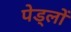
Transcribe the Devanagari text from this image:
पेड्लों